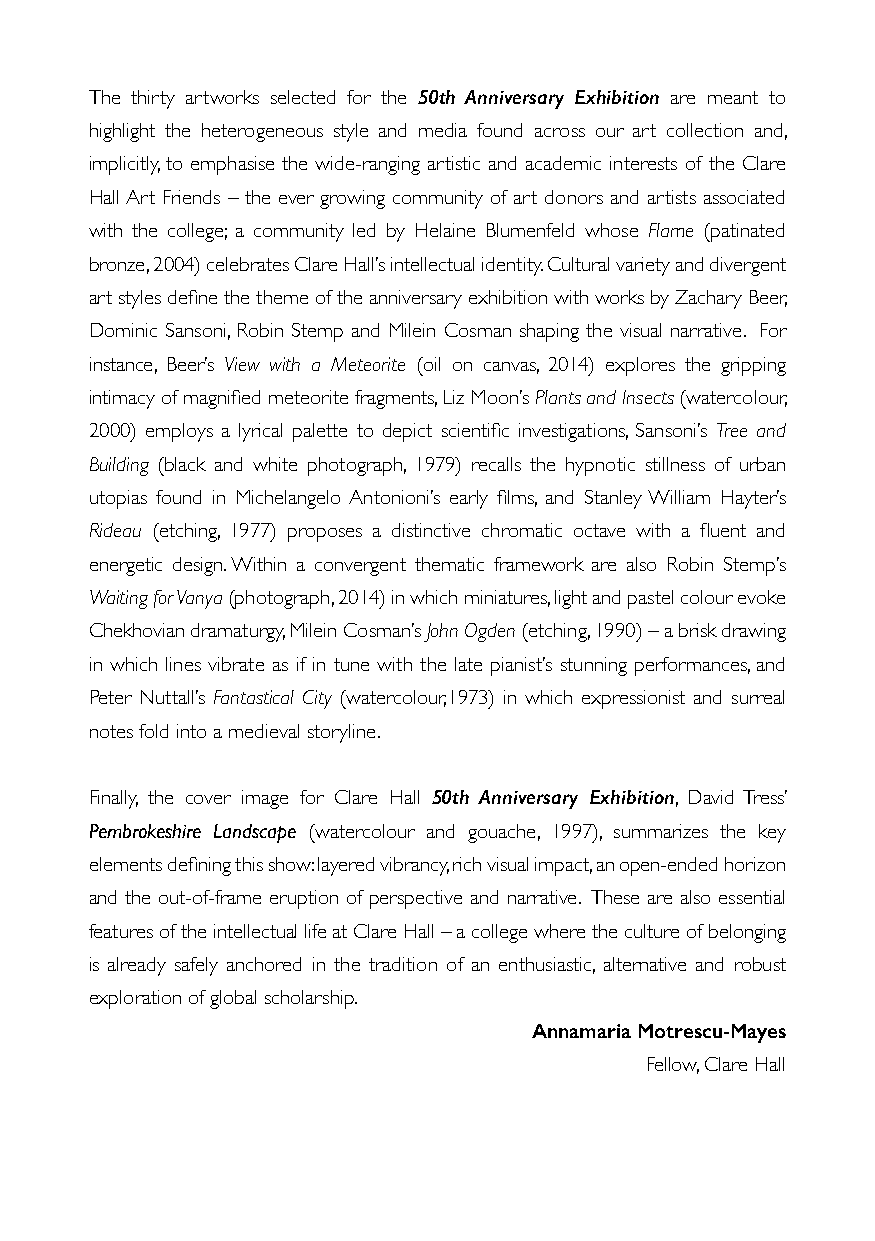
The thirty artworks selected for the 50th Anniversary Exhibition are meant to
 highlight the heterogeneous style and media found across our art collection and,
 implicitly, to emphasise the wide-ranging artistic and academic interests of the Clare
 Hall Art Friends – the ever growing community of art donors and artists associated
 with the college; a community led by Helaine Blumenfeld whose Flame (patinated
 bronze, 2004) celebrates Clare Hall’s intellectual identity. Cultural variety and divergent
 art styles define the theme of the anniversary exhibition with works by Zachary Beer,
 Dominic Sansoni, Robin Stemp and Milein Cosman shaping the visual narrative. For
 instance, Beer’s View with a Meteorite (oil on canvas, 2014) explores the gripping
 intimacy of magnified meteorite fragments, Liz Moon’s Plants and Insects (watercolour,
 2000) employs a lyrical palette to depict scientific investigations, Sansoni’s Tree and
 Building (black and white photograph, 1979) recalls the hypnotic stillness of urban
 utopias found in Michelangelo Antonioni’s early films, and Stanley William Hayter’s
 Rideau (etching, 1977) proposes a distinctive chromatic octave with a fluent and
 energetic design. Within a convergent thematic framework are also Robin Stemp’s
 Waiting for Vanya (photograph, 2014) in which miniatures, light and pastel colour evoke
 Chekhovian dramaturgy, Milein Cosman’s John Ogden (etching, 1990) – a brisk drawing
 in which lines vibrate as if in tune with the late pianist’s stunning performances, and
 Peter Nuttall’s Fantastical City (watercolour,1973) in which expressionist and surreal
 notes fold into a medieval storyline.
 Finally, the cover image for Clare Hall 50th Anniversary Exhibition, David Tress’
 Pembrokeshire Landscape (watercolour and gouache, 1997), summarizes the key
 elements defining this show: layered vibrancy, rich visual impact, an open-ended horizon
 and the out-of-frame eruption of perspective and narrative. These are also essential
 features of the intellectual life at Clare Hall – a college where the culture of belonging
 is already safely anchored in the tradition of an enthusiastic, alternative and robust
 exploration of global scholarship.
 Annamaria Motrescu-Mayes
 Fellow, Clare Hall